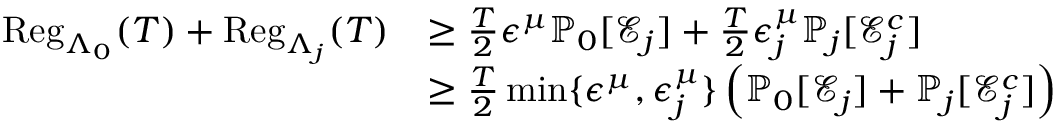
\begin{array} { r l } { \mathrm { R e g } _ { \Lambda _ { 0 } } ( T ) + \mathrm { R e g } _ { \Lambda _ { j } } ( T ) } & { \geq \frac { T } { 2 } \epsilon ^ { \mu } \mathbb { P } _ { 0 } [ \mathcal { E } _ { j } ] + \frac { T } { 2 } \epsilon _ { j } ^ { \mu } \mathbb { P } _ { j } [ \mathcal { E } _ { j } ^ { c } ] } \\ & { \geq \frac { T } { 2 } \operatorname* { m i n } \{ \epsilon ^ { \mu } , \epsilon _ { j } ^ { \mu } \} \left( \mathbb { P } _ { 0 } [ \mathcal { E } _ { j } ] + \mathbb { P } _ { j } [ \mathcal { E } _ { j } ^ { c } ] \right) } \end{array}